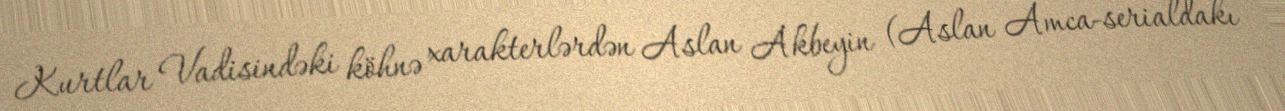
Kurtlar Vadisindəki köhnə xarakterlərdən Aslan Akbeyin (Aslan Amca-serialdakı